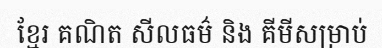
ខ្មែរ គណិត សីលធម៌ និង គីមីសម្រាប់